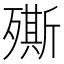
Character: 𣩠